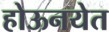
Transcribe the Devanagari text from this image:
होऊनयेत